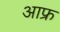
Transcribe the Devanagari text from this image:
आफ्र